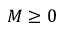
M \geq 0